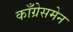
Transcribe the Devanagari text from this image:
काँग्रेसमेन